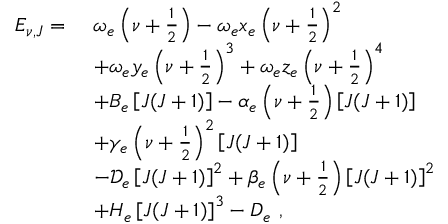
\begin{array} { r l } { E _ { \nu , J } = \ } & { \omega _ { e } \left( \nu + \frac 1 2 \right) - \omega _ { e } x _ { e } \left( \nu + \frac 1 2 \right) ^ { 2 } } \\ & { + \omega _ { e } y _ { e } \left( \nu + \frac 1 2 \right) ^ { 3 } + \omega _ { e } z _ { e } \left( \nu + \frac 1 2 \right) ^ { 4 } } \\ & { + B _ { e } \left[ J ( J + 1 ) \right] - \alpha _ { e } \left( \nu + \frac 1 2 \right) \left[ J ( J + 1 ) \right] } \\ & { + \gamma _ { e } \left( \nu + \frac 1 2 \right) ^ { 2 } \left[ J ( J + 1 ) \right] } \\ & { - \mathcal { D } _ { e } \left[ J ( J + 1 ) \right] ^ { 2 } + \beta _ { e } \left( \nu + \frac 1 2 \right) \left[ J ( J + 1 ) \right] ^ { 2 } } \\ & { + H _ { e } \left[ J ( J + 1 ) \right] ^ { 3 } - D _ { e } \ , } \end{array}